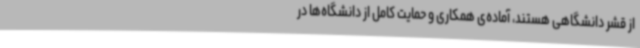
از قشر دانشگاهی هستند، آماده‌ی همکاری و حمایت کامل از دانشگاه‌ها در